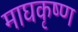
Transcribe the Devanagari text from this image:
माघकृष्ण